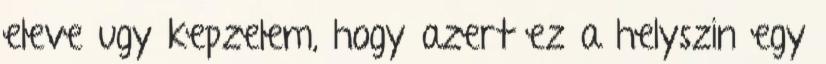
eleve ugy kepzelem, hogy azert ez a helyszin egy